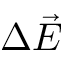
\Delta \vec { E }